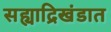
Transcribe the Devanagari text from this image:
सह्याद्रिखंडात